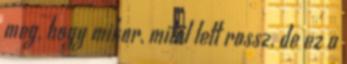
meg, hogy mikor, mitől lett rossz, de ez a